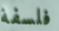
فلسفة